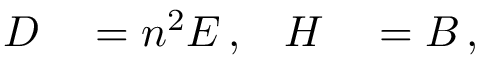
\begin{array} { r l r l } { \boldsymbol D } & { { } = n ^ { 2 } \boldsymbol E \, , } & { \boldsymbol H } & { { } = \boldsymbol B \, , } \end{array}